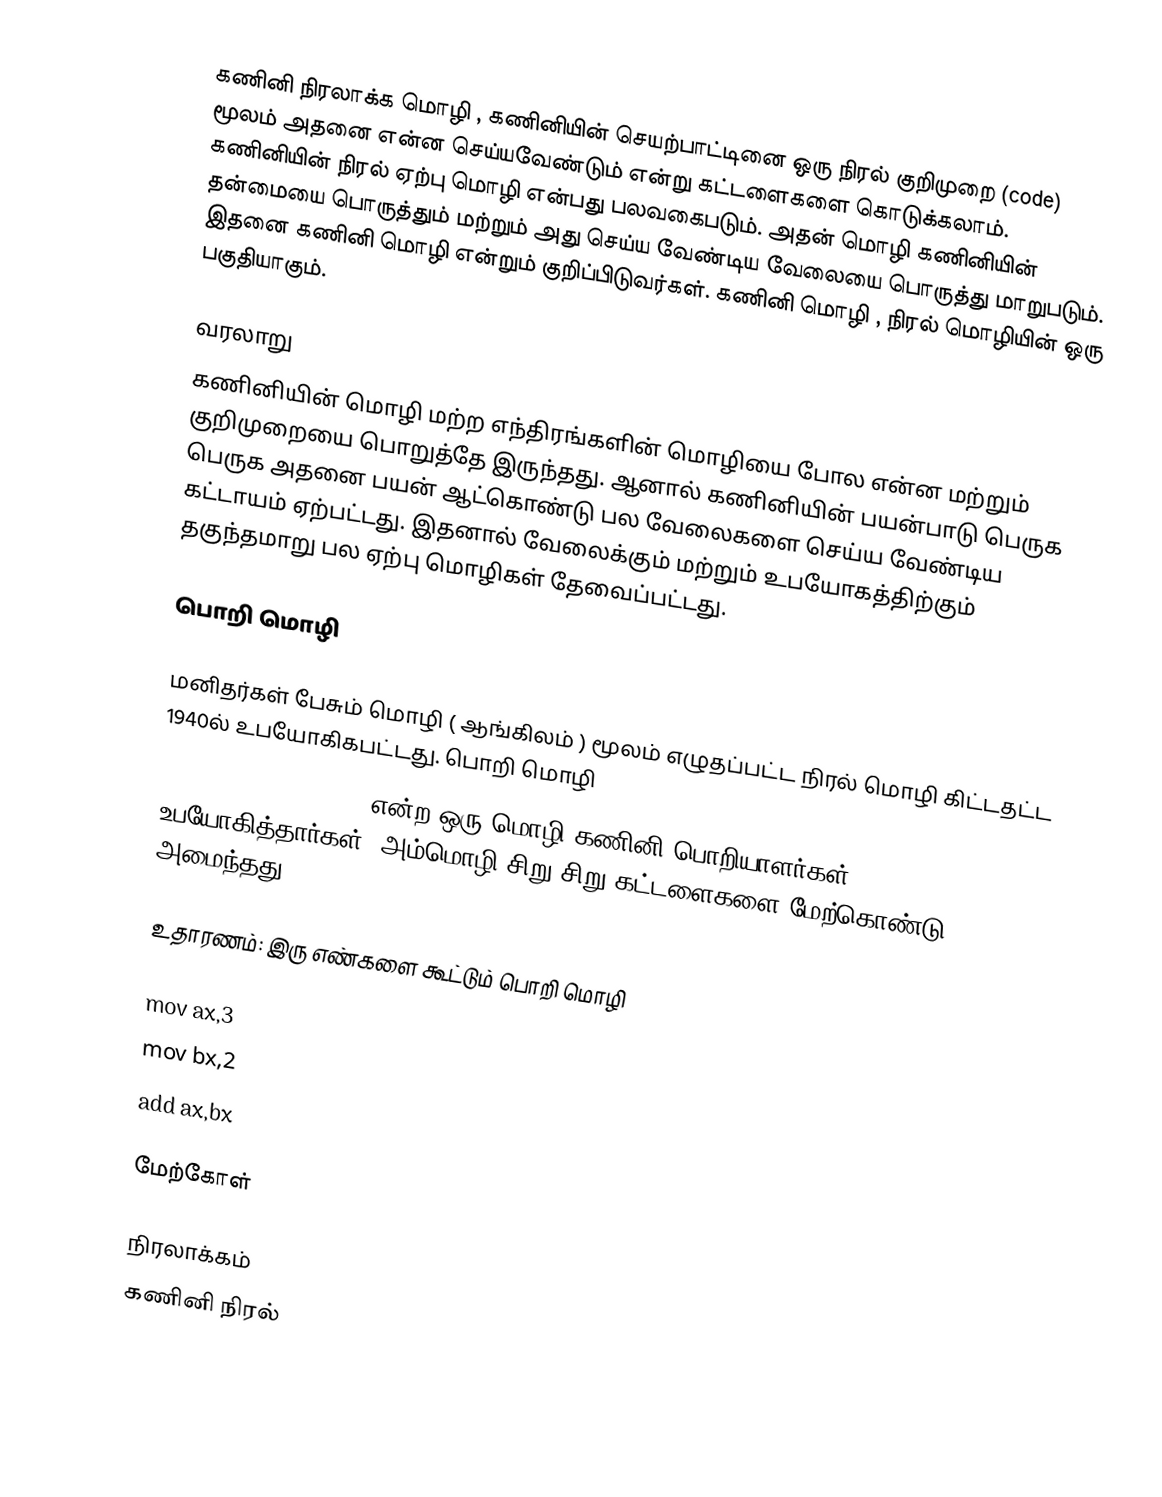
கணினி நிரலாக்க மொழி , கணினியின் செயற்பாட்டினை ஒரு நிரல் குறிமுறை (code) மூலம் அதனை என்ன செய்யவேண்டும் என்று கட்டளைகளை கொடுக்கலாம். கணினியின்   நிரல் ஏற்பு மொழி என்பது பலவகைபடும். அதன் மொழி கணினியின் தன்மையை பொருத்தும் மற்றும் அது செய்ய வேண்டிய வேலையை பொருத்து மாறுபடும். இதனை கணினி மொழி என்றும் குறிப்பிடுவர்கள். கணினி மொழி , நிரல் மொழியின் ஒரு பகுதியாகும்.

வரலாறு
கணினியின் மொழி மற்ற எந்திரங்களின் மொழியை போல என்ன மற்றும் குறிமுறையை பொறுத்தே  இருந்தது. ஆனால் கணினியின் பயன்பாடு பெருக பெருக அதனை பயன் ஆட்கொண்டு பல வேலைகளை செய்ய வேண்டிய கட்டாயம் ஏற்பட்டது. இதனால் வேலைக்கும் மற்றும் உபயோகத்திற்கும் தகுந்தமாறு பல ஏற்பு மொழிகள் தேவைப்பட்டது.

பொறி மொழி

மனிதர்கள் பேசும் மொழி ( ஆங்கிலம் ) மூலம் எழுதப்பட்ட நிரல் மொழி கிட்டதட்ட 1940ல் உபயோகிகபட்டது. பொறி மொழி
 ( aseembly langauge ) என்ற ஒரு மொழி கணினி பொறியாளர்கள் உபயோகித்தார்கள். அம்மொழி சிறு சிறு கட்டளைகளை மேற்கொண்டு அமைந்தது.

 உதாரணம்: இரு எண்களை கூட்டும் பொறி மொழி

 mov ax,3
 mov bx,2
 add ax,bx

மேற்கோள்

நிரலாக்கம்
கணினி நிரல்